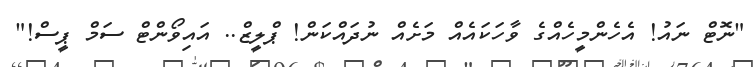
"ނޮޓް ނައު! އެހެންމީހެއްގެ ވާހަކައެއް މަށެއް ނުދައްކަން! ޕްލީޒް.. އައިވޯންޓް ސަމް ޕީސް!"